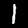
Label: 1